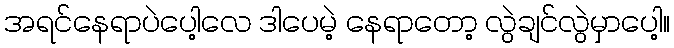
အရင်နေရာပဲပေါ့လေ ဒါပေမဲ့ နေရာတော့ လွဲချင်လွဲမှာပေါ့။